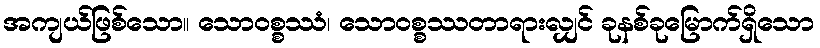
အကျယ်ဖြစ်သော။ သောဝစ္စဿံ၊ သောဝစ္စဿတာရားလျှင် ခုနစ်ခုမြောက်ရှိသော